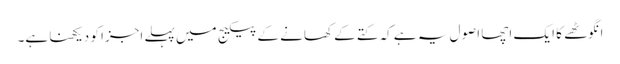
انگوٹھے کا ایک اچھا اصول یہ ہے کہ کتے کے کھانے کے پیکیج میں پہلے اجزا کو دیکھنا ہے۔